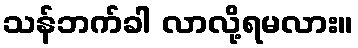
သန်ဘက်ခါ လာလို့ရမလား။